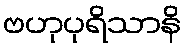
ဗဟုပုရိသာနိ